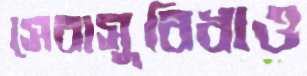
সেবাসুবিধাও